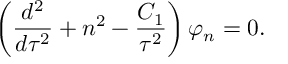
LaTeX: \left( { \frac { d ^ { 2 } } { d \tau ^ { 2 } } } + n ^ { 2 } - { \frac { C _ { 1 } } { \tau ^ { 2 } } } \right) \varphi _ { n } = 0 .